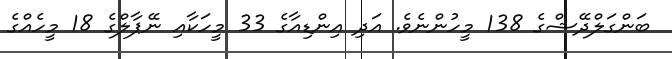
ބަންގަލްދޭޝްގެ 138 މީހުންނެވެ. އަދި އިންޑިއާގެ 33 މީހަކާއި ނޭޕާލްގެ 18 މީހެއްގެ